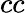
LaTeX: cc